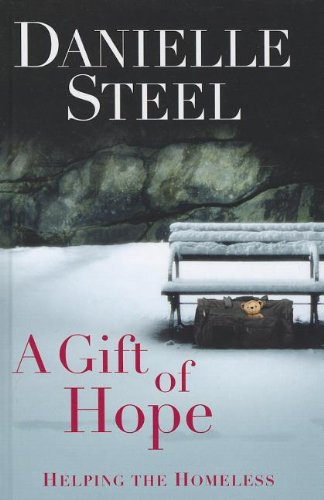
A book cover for A Gift Of Hope (Thorndike Press Large Print Core Series); Danielle Steel; Business & Money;